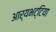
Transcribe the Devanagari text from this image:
आर्यभट्टिया